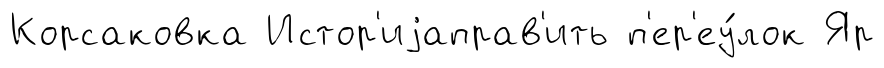
Корсаковка Истор'иjаправ'ить п'ер'еу́лок Яр